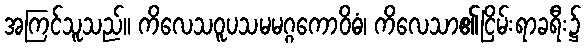
အကြင်သူသည်။ ကိလေသဝူပသမမဂ္ဂကောဝိဓံ၊ ကိလေသာ၏ငြိမ်းရာခရီး၌